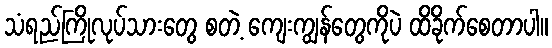
သံရည်ကြိုလုပ်သားတွေ စတဲ့ ကျေးကျွန်တွေကိုပဲ ထိခိုက်စေတာပါ။